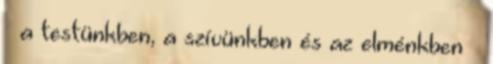
– a testünkben, a szívünkben és az elménkben –